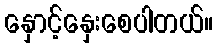
နှောင့်နှေးစေပါတယ်။